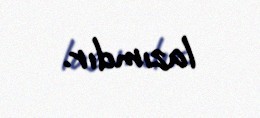
lazımdır.